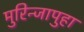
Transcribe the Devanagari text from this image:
मुरिन्जापुहा